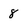
Character: 8